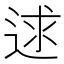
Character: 逑